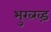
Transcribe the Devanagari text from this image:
भुख्ख्ड़